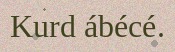
Kurd ábécé.